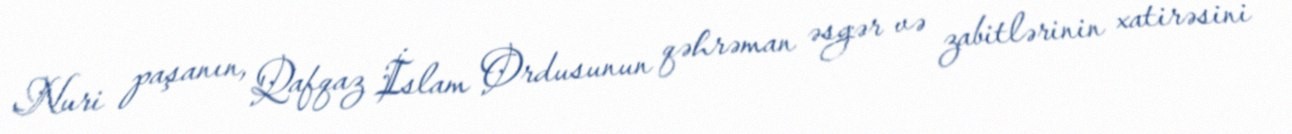
Nuri paşanın, Qafqaz İslam Ordusunun qəhrəman əsgər və zabitlərinin xatirəsini